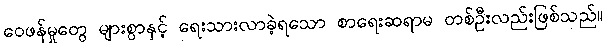
ဝေဖန်မှုတွေ များစွာနှင့် ရေးသားလာခဲ့ရသော စာရေးဆရာမ တစ်ဦးလည်းဖြစ်သည်။